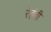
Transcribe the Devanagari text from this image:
रेहंती